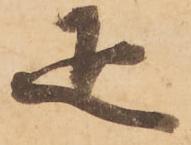
疋